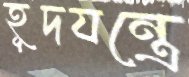
হূদযন্ত্রে